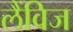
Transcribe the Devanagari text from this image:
लैंविज